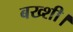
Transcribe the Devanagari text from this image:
बख्शी।